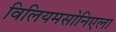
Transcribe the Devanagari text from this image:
विलियमसोनिएला